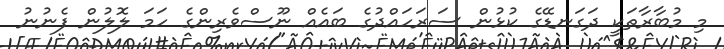
މި މުބާރާތަކީ ދަގަނޑޭގެ ކުޅުން ސަރަހައްދުގެ ބައެއް ނޫސްވެރިންގެ ހަމަ ލޮލުން ފެނުނު